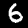
Label: 6